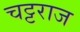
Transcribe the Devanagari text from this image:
चट्टराज